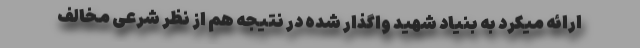
ارائه میکرد به بنیاد شهید واگذار شده در نتیجه هم از نظر شرعی مخالف